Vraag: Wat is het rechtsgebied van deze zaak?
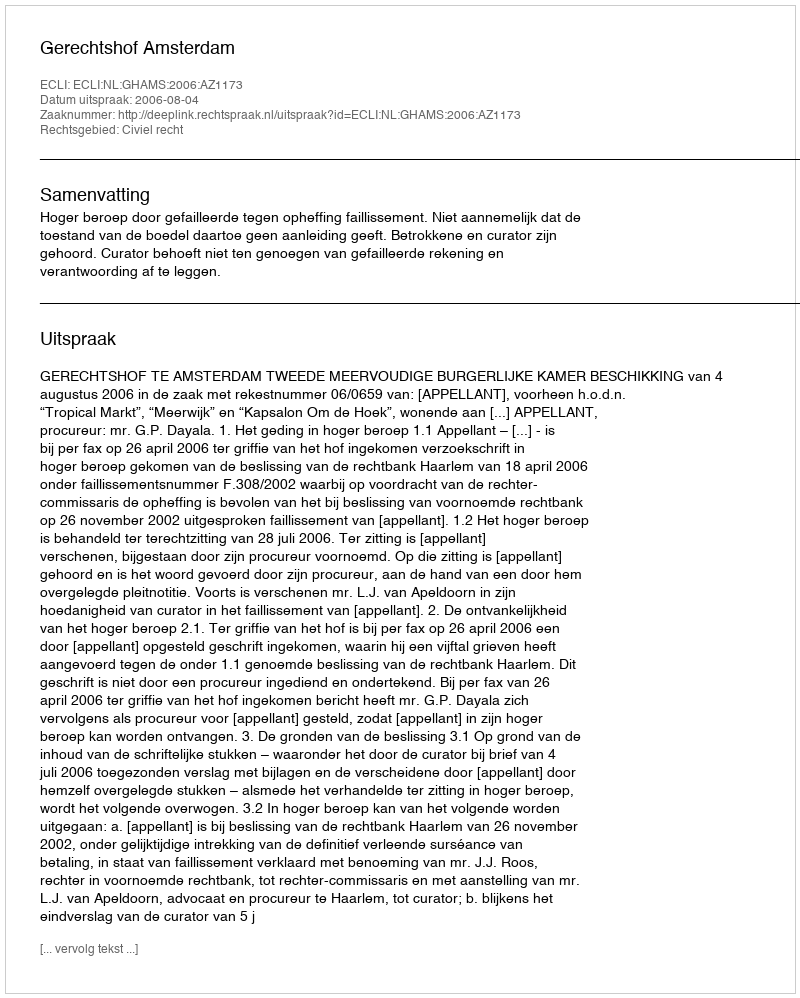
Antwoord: Civiel recht